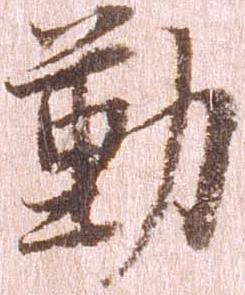
勤